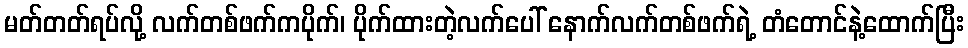
မတ်တတ်ရပ်လို့ လက်တစ်ဖက်ကပိုက်၊ ပိုက်ထားတဲ့လက်ပေါ် နောက်လက်တစ်ဖက်ရဲ့ တံတောင်နဲ့ထောက်ပြီး